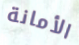
الأمانة